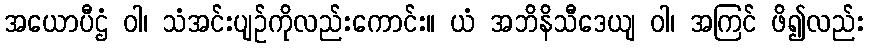
အယောပီဌံ ဝါ၊ သံအင်းပျဉ်ကိုလည်းကောင်း။ ယံ အဘိနိသီဒေယျ ဝါ၊ အကြင် ဖိ၍လည်း